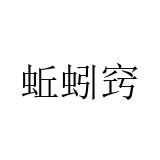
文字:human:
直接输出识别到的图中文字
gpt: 蚯蚓窍